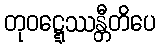
တုဝဋ္ဋေဿန္တီတိပေ